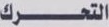
التحرك